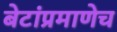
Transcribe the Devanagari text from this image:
बेटांप्रमाणेच